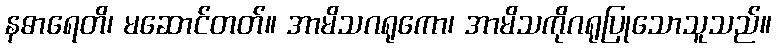
နဓာရေတိ၊ မဆောင်တတ်။ အာမိသဂရုကော၊ အာမိသကိုဂရုပြုသောသူသည်။